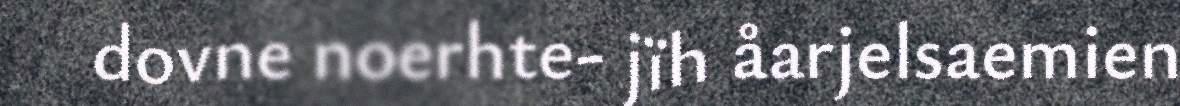
dovne noerhte- jïh åarjelsaemien